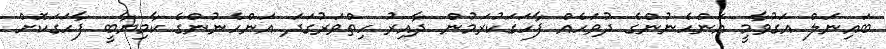
ބައިނަލް އަގުވާމީ އަންހެނުންގެ ދުވަހެއް ފާހަގަކުރަމުން ދާއިރު ހިތްވަރުގަދަ އަންހެނުންގެ ކާމިޔާބީ ފާހަގަކޮށް